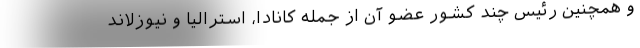
و همچنین رئیس چند کشور عضو آن از جمله کانادا، استرالیا و نیوزلاند